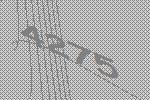
4275